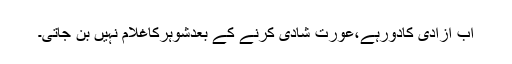
اب آزادی کادورہے،عورت شادی کرنے کے بعدشوہرکاغلام نہیں بن جاتی۔